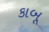
કાબૂ